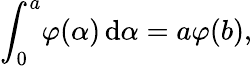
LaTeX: \int_{0}^{a}\! \varphi(\alpha)\, \mathrm d\alpha=a\varphi(b),